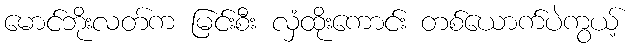
မောင်ဘိုးလတ်က မြင်းစီး လှံထိုးကောင်း တစ်ယောက်ပဲကွယ့်